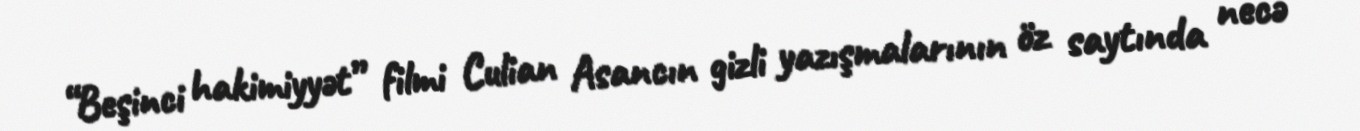
“Beşinci hakimiyyət” filmi Culian Asancın gizli yazışmalarının öz saytında necə